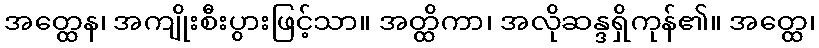
အတ္ထေန၊ အကျိုးစီးပွားဖြင့်သာ။ အတ္ထိကာ၊ အလိုဆန္ဒရှိကုန်၏။ အတ္ထေ၊